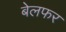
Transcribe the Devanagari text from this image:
बेलफर